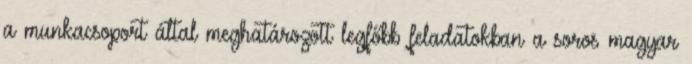
a munkacsoport által meghatározott legfőbb feladatokban a soros magyar